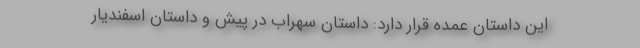
این داستانِ عمده قرار دارد: داستان سهراب در پیش و داستان اسفندیار